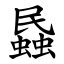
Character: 蟁